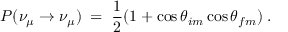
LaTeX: P ( \nu _ { \mu } \rightarrow \nu _ { \mu } ) \; = \; \frac { 1 } { 2 } ( 1 + \cos { { \theta } _ { i m } } \cos { { \theta } _ { f m } } ) \; .